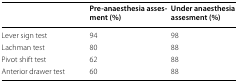
<table><thead><tr><td></td><td><b>Pre-anaesthesia assesment (%)</b></td><td><b>Under anaesthesia assesment (%)</b></td></tr></thead><tbody><tr><td>Lever sign test</td><td>94</td><td>98</td></tr><tr><td>Lachman test</td><td>80</td><td>88</td></tr><tr><td>Pivot shift test</td><td>62</td><td>88</td></tr><tr><td>Anterior drawer test</td><td>60</td><td>88</td></tr></tbody></table>